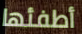
أطفئها